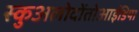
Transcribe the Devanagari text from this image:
स्कुअलोदोंतोआईडिया